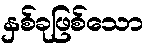
နှစ်ခုဖြစ်သော